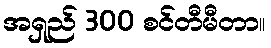
အရှည် 300 စင်တီမီတာ။